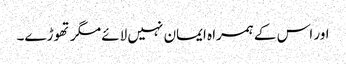
اور اس کے ہمراہ ایمان نہیں لائے مگر تھوڑے۔